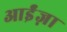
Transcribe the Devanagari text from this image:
आईंज़ा